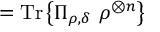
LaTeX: = { \mathrm { T r } } \left\{ \Pi _ { \rho , \delta } \ \rho ^ { \otimes n } \right\}